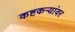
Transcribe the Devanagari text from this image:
कष्टकऱ्यांवर